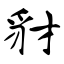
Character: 豺